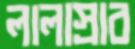
লালাস্রাব